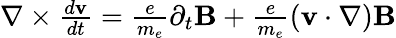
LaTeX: \begin{array}{r}{\nabla\times{\frac{d{\mathbf v}}{dt}}={\frac{e}{m_{e}}}\partial_{t}{\mathbf B}+{\frac{e}{m_{e}}}({\mathbf v}\cdot\nabla){\mathbf B}}\end{array}